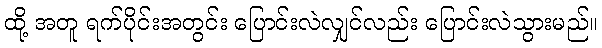
ထို့ အတူ ရက်ပိုင်းအတွင်း ပြောင်းလဲလျှင်လည်း ပြောင်းလဲသွားမည်။